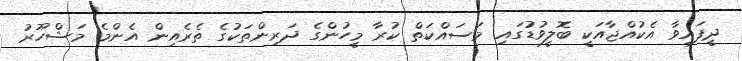
ދީފައިވާ އެކުއްޖާއަކީ ބޮލީވުޑުގައި މަސައްކަތް ކުރާ މީހުންގެ ދަރިންތަކުގެ ތެރެއިން އެންމެ މަޝްހޫރު